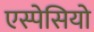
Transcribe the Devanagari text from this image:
एस्पेसियो